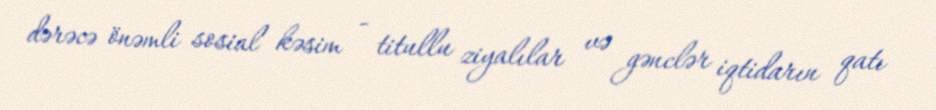
dərəcə önəmli sosial kəsim - titullu ziyalılar və gənclər iqtidarın qatı